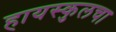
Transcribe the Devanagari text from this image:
हायस्कुलचा